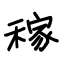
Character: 稼